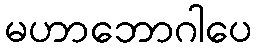
မဟာဘောဂါပေ